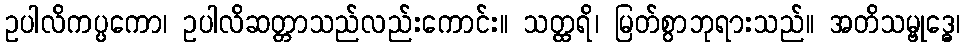
ဥပါလိကပ္ပကော၊ ဥပါလိဆတ္တာသည်လည်းကောင်း။ သတ္ထရိ၊ မြတ်စွာဘုရားသည်။ အတိသမ္ဗုဒ္ဓေ၊